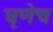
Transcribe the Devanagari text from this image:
घृणेच